Report on sanitation, dispensaries, and jails in Rajputana for 1920, and on vaccination for the year 1920-1921 - 1920-1921
Year: 1920
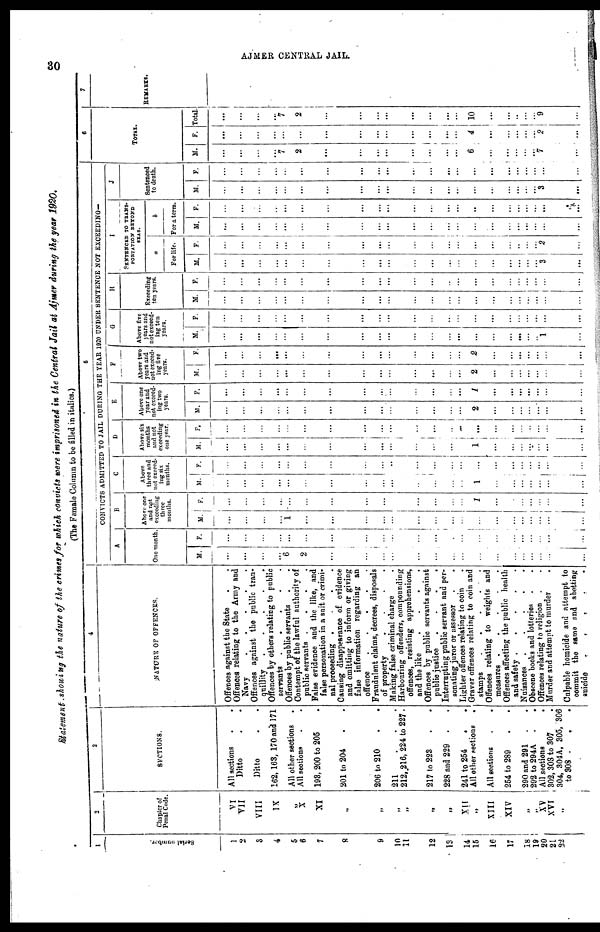
30
AJMER CENTRAL JAIL.
Statement showing the nature of the crimes for which convicts were imprisoned in the Central Jail at Ajmer during the year 1920.
(The Famale Column to be filled in italics.)
1
Serial number.
1
2
3
4
5
6
7
8
9
10
11
12
13
14
15
16
17
18
19
20
21
22
2
Chapter of
Penal Code.
VI
VII
VIII
IX
„
X
XI
„
„
„
„
„
„
XII
„
XIII
XIV
„
„
XV
XVI „
3
SECTIONS.
All sections . .
Ditto . .
Ditto . .
162, 163, 170 and 171
All other sections .
All sections . .
193, 200 to 205 .
201 to 204 . .
206 to 210 . .
211
.
.
.
212, 216, 224 to 227 .
217 to 223 . .
228 and 229 . .
241 to 254 . .
All other sections .
All sections
.
.
254 to 289 . .
290 and 291 . .
292 to 294A . .
All sections
.
.
302, 303 to 307 .
304, 304A, 305, 306
to 308 . . .
4
NATURE OF OFFENCES.
Offences against the State . .
Offences relating to the Army and
Navy
.
.
.
.
Offences against the public tran-
quillity
.
.
.
.
.
Offences by others relating to public
servants
.
.
.
.
.
.
Offences by public servants . .
Contempt of the lawful authority of
public servants . . . . .
False evidence and the like, and
false personation in a suit or crimi-
nal proceeding . . . . .
Causing disappearance of evidence
and omitting to inform or giving
false information regarding an
offence
.
.
.
.
.
.
Fraudulent claims, decrees, disposals
of property
.
.
.
.
.
Making false criminal charge .
Harbouring offenders, compounding
offences, resisting apprehensions,
and the like
.
.
.
.
.
Offences by public servants against
public justice . . .
.
Interrupting public servant and per-
sonating juror or assessor . .
Lighter offences relating to coin .
Graver offences relating to coin and
stamps
.
.
.
.
.
Offences relating to weights and
measures
.
.
.
.
Offences affecting the public health
and safety
.
.
.
.
Nuisances
.
.
.
.
.
Obscene books and lotteries . .
Offences relating to religion . .
Murder and attempt to murder . .
Culpable homicide and attempt to
commit the same and abetting
suicide
.
.
.
.
.
5
CONVICTS ADMITTED TO JAIL DURING THE YEAR 1920 UNDER SENTENCE NOT EXCEEDING—
A
One month.
M.
...
...
...
...
6
2
...
...
...
...
...
...
...
...
...
...
...
...
...
...
...
...
F.
...
...
...
...
...
...
...
...
...
...
...
...
...
...
...
...
...
...
...
...
...
...
B
Above one
and not
exceeding
three
months.
M.
...
...
...
...
1
...
...
...
...
...
...
...
...
...
...
...
...
...
...
...
...
...
F.
...
...
...
...
...
...
...
...
...
...
...
...
...
...
1
...
...
...
...
...
...
...
C
Above
three and
not exceed-
ing six
months.
M.
...
...
...
...
...
...
...
...
...
...
...
...
...
...
1
...
...
...
...
...
...
...
F.
...
...
...
...
...
...
...
...
...
...
...
...
...
...
...
...
...
...
...
...
...
...
D
Above six
months
and not
exceeding
one year.
M.
...
...
...
...
...
...
...
...
...
...
...
...
...
...
1
...
...
...
...
...
...
...
F.
...
...
...
...
...
...
...
...
...
...
...
...
...
...
...
...
...
...
...
...
...
...
E
Above one
year and
not exceed-
ing two
years.
M.
...
...
...
...
...
...
...
...
...
...
...
...
...
...
2
...
...
...
...
...
...
...
F.
...
...
...
...
...
...
...
...
...
...
...
...
...
...
1
...
...
...
...
...
...
...
F
Above two
years and
not exceed-
ing five
years.
M.
...
...
...
...
...
...
...
...
...
...
...
...
...
...
2
...
...
...
...
...
...
...
F.
...
...
...
...
...
...
...
...
...
...
...
...
...
...
2
...
...
...
...
...
...
...
G
Above five
years and
not exceed-
ing ten
years.
M.
...
...
...
...
...
...
...
...
...
...
...
...
...
...
...
...
...
...
...
...
1
...
F.
...
...
...
...
...
...
...
...
...
...
...
...
...
...
...
...
...
...
...
...
...
...
H
Exceeding
ten years.
M.
...
...
...
...
...
...
...
...
...
...
...
...
...
...
...
...
...
...
...
...
...
...
F.
...
...
...
...
...
...
...
...
...
...
...
...
...
...
...
...
...
...
...
...
...
...
I
SENTENCED TO TRANS-
PORTATION BEYOND
SEAS.
a
For life.
M.
...
...
...
...
...
...
...
...
...
...
...
...
...
...
...
...
...
...
...
...
3
...
F.
...
...
...
...
...
...
...
...
...
...
...
...
...
...
...
...
...
...
...
...
2
...
b
For a term.
M.
...
...
...
...
...
...
...
...
...
...
...
...
...
...
...
...
...
...
...
...
...
...
F.
...
...
...
...
...
...
...
...
...
...
...
...
...
...
...
...
...
...
...
...
...
...
J
Sentenced
to death.
M.
...
...
...
...
...
...
...
...
...
...
...
...
...
...
...
...
...
...
...
...
3
...
F.
...
...
...
...
...
...
...
...
...
...
...
...
...
...
...
...
...
...
...
...
...
...
6
TOTAL.
M.
...
...
...
...
7
2
...
...
...
...
...
...
...
...
6
...
...
...
...
...
7
...
F.
...
...
...
...
...
...
...
...
...
...
...
...
...
...
4
...
...
...
...
...
2
...
Total.
...
...
...
...
7
2
...
...
...
...
...
...
...
...
10
...
...
...
...
...
9
...
7
REMARKS.